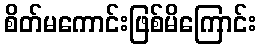
စိတ်မကောင်းဖြစ်မိကြောင်း